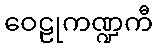
ဝေဠုကဏ္ဍကီ